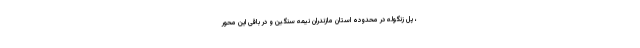
، پل زنگوله در محدوده استان مازندران نیمه سنگین و در باقی این محور